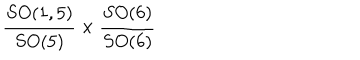
{ \frac { S O ( 1 , 5 ) } { S O ( 5 ) } } \times { \frac { S O ( 6 ) } { S O ( 6 ) } }